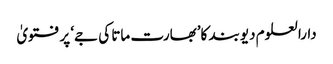
دارالعلوم دیوبند کا’بھارت ماتا کی جے‘ پر فتویٰ